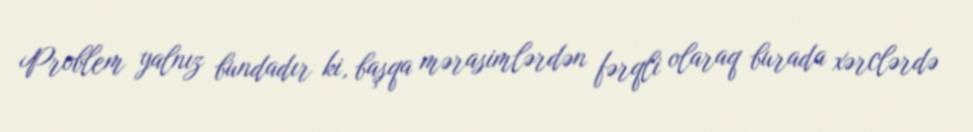
Problem yalnız bundadır ki, başqa mərasimlərdən fərqli olaraq burada xərclərdə